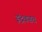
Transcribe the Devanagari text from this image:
इंद्रवज्रच